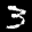
Label: 3